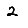
Digit: 2